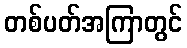
တစ်ပတ်အကြာတွင်